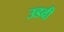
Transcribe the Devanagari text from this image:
उडवी